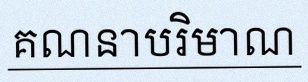
គណនាបរិមាណ